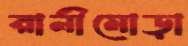
রানীমোড়া